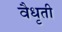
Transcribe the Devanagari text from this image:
वैधृती